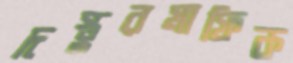
দস্তুরমাফিক